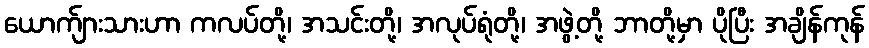
ယောက်ျားသားဟာ ကလပ်တို့၊ အသင်းတို့၊ အလုပ်ရုံတို့၊ အဖွဲ့တို့ ဘာတို့မှာ ပိုပြီး အချိန်ကုန်